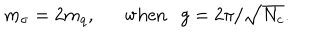
m _ { \sigma } = 2 m _ { q } , \mathrm { w h e n } g = 2 \pi / \sqrt { N _ { c } } .